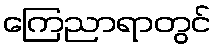
ကြေညာရာတွင်